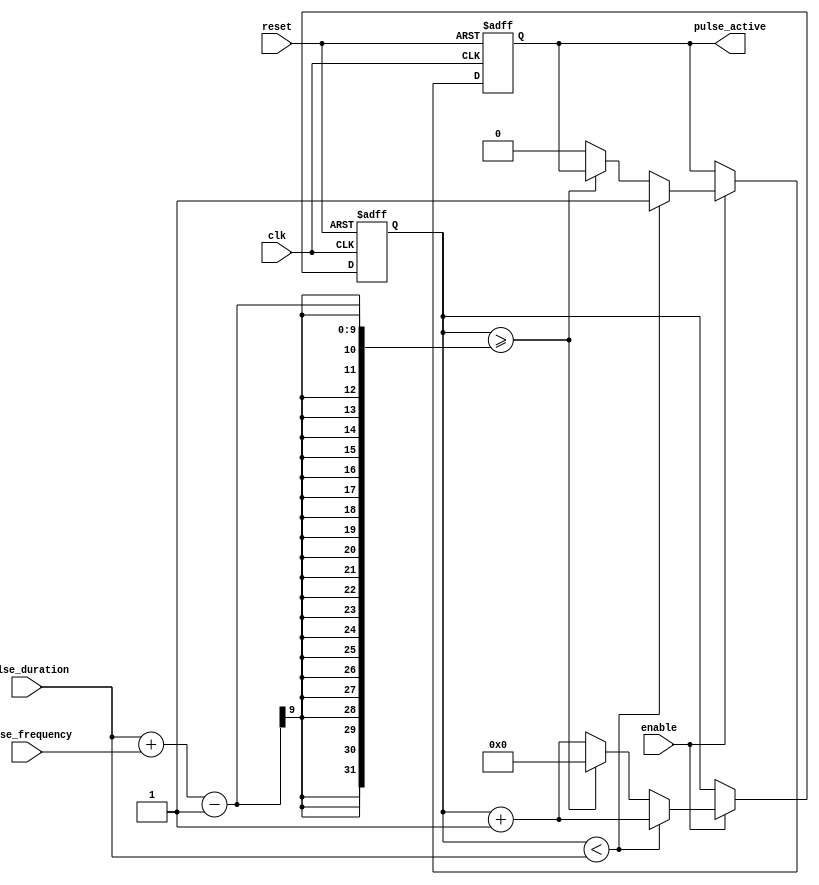
module pulse_generator(
  input wire clk, // Clock input
  input wire reset, // Reset signal
  input wire enable, // Enable signal
  input wire [7:0] pulse_duration, // Pulse duration control input
  input wire [7:0] pulse_frequency, // Pulse frequency control input
  output reg pulse_active // Pulse active output
);

reg [7:0] counter;

always @(posedge clk or posedge reset) begin
  if (reset) begin
    counter <= 0;
    pulse_active <= 0;
  end else if (enable) begin
    if (counter < pulse_duration) begin
      pulse_active <= 1;
      counter <= counter + 1;
    end else begin
      if (counter >= pulse_duration + pulse_frequency - 1) begin
        counter <= 0;
      end else begin
        pulse_active <= 0;
        counter <= counter + 1;
      end
    end
  end
end

endmodule